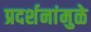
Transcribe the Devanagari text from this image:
प्रदर्शनांमुळे